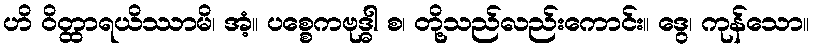
ဟိ ဝိတ္ထာရယိဿာမိ၊ အံ့။ ပစ္စေကဗုဒ္ဓါ စ၊ တို့သည်လည်းကောင်း။ ဒွေ၊ ကုန်သော။